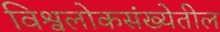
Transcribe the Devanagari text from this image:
विश्वलोकसंख्येतील